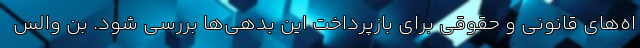
اه‌های قانونی و حقوقی برای بازپرداخت این بدهی‌ها بررسی شود. بن والس